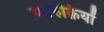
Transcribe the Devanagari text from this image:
फारुक़ियों